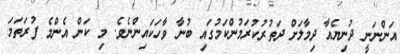
އަންނަނީ ދުނިޔެއާ ދިމާލަށް ދަތުރުކުރަމުންކަމުގައި ބުނާ ވާހަކައިންނެވެ. މި ކަން އެންމެ ފުރަތަމަ